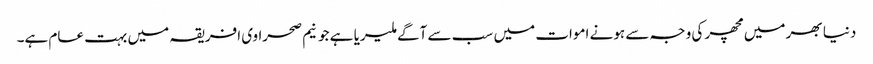
دنیا بھر میں مچھر کی وجہ سے ہونے اموات میں سب سے آگے ملیریا ہے جو نیم صحراوی افریقہ میں بہت عام ہے۔